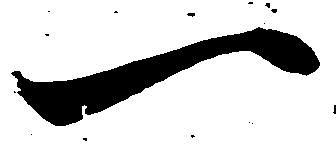
一